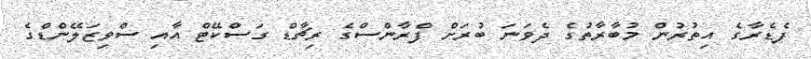
ފެޑެރާގެ އިތުރުން މުބާރާތުގެ ދެވަނަ ބުރަށް ފްރާންސްގެ ރިޗާޑް ގަސްކޭޓް އާއި ސްވިޒަލޭންޑްގެ